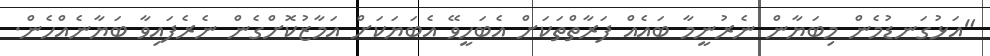
"އަޅުގަނޑުމެން މިބަޔާން ނެރުނީމާ ބައެއް ފަރާތްތަކަށް އެބަހީވޭ އެބަޔަކަށް އަމާޒުކޮށްގެން ނެރެފައިވާ ބަޔާނެއްހެން.